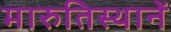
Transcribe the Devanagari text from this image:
मारुतिस्थानें